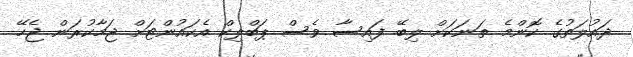
ދައުލަތުގެ ކޮންމެ ތަނަކަށް ލިބޭ ފައިސާ ވެސް ޕަބްލިކް އެކައުންޓަށް ޖަމާކުރަން ޖެހޭ